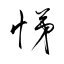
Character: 悌